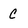
Character: C